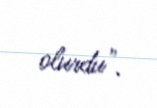
olurdu".